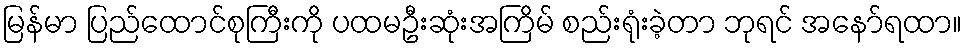
မြန်မာ ပြည်ထောင်စုကြီးကို ပထမဦးဆုံးအကြိမ် စည်းရုံးခဲ့တာ ဘုရင် အနော်ရထာ။